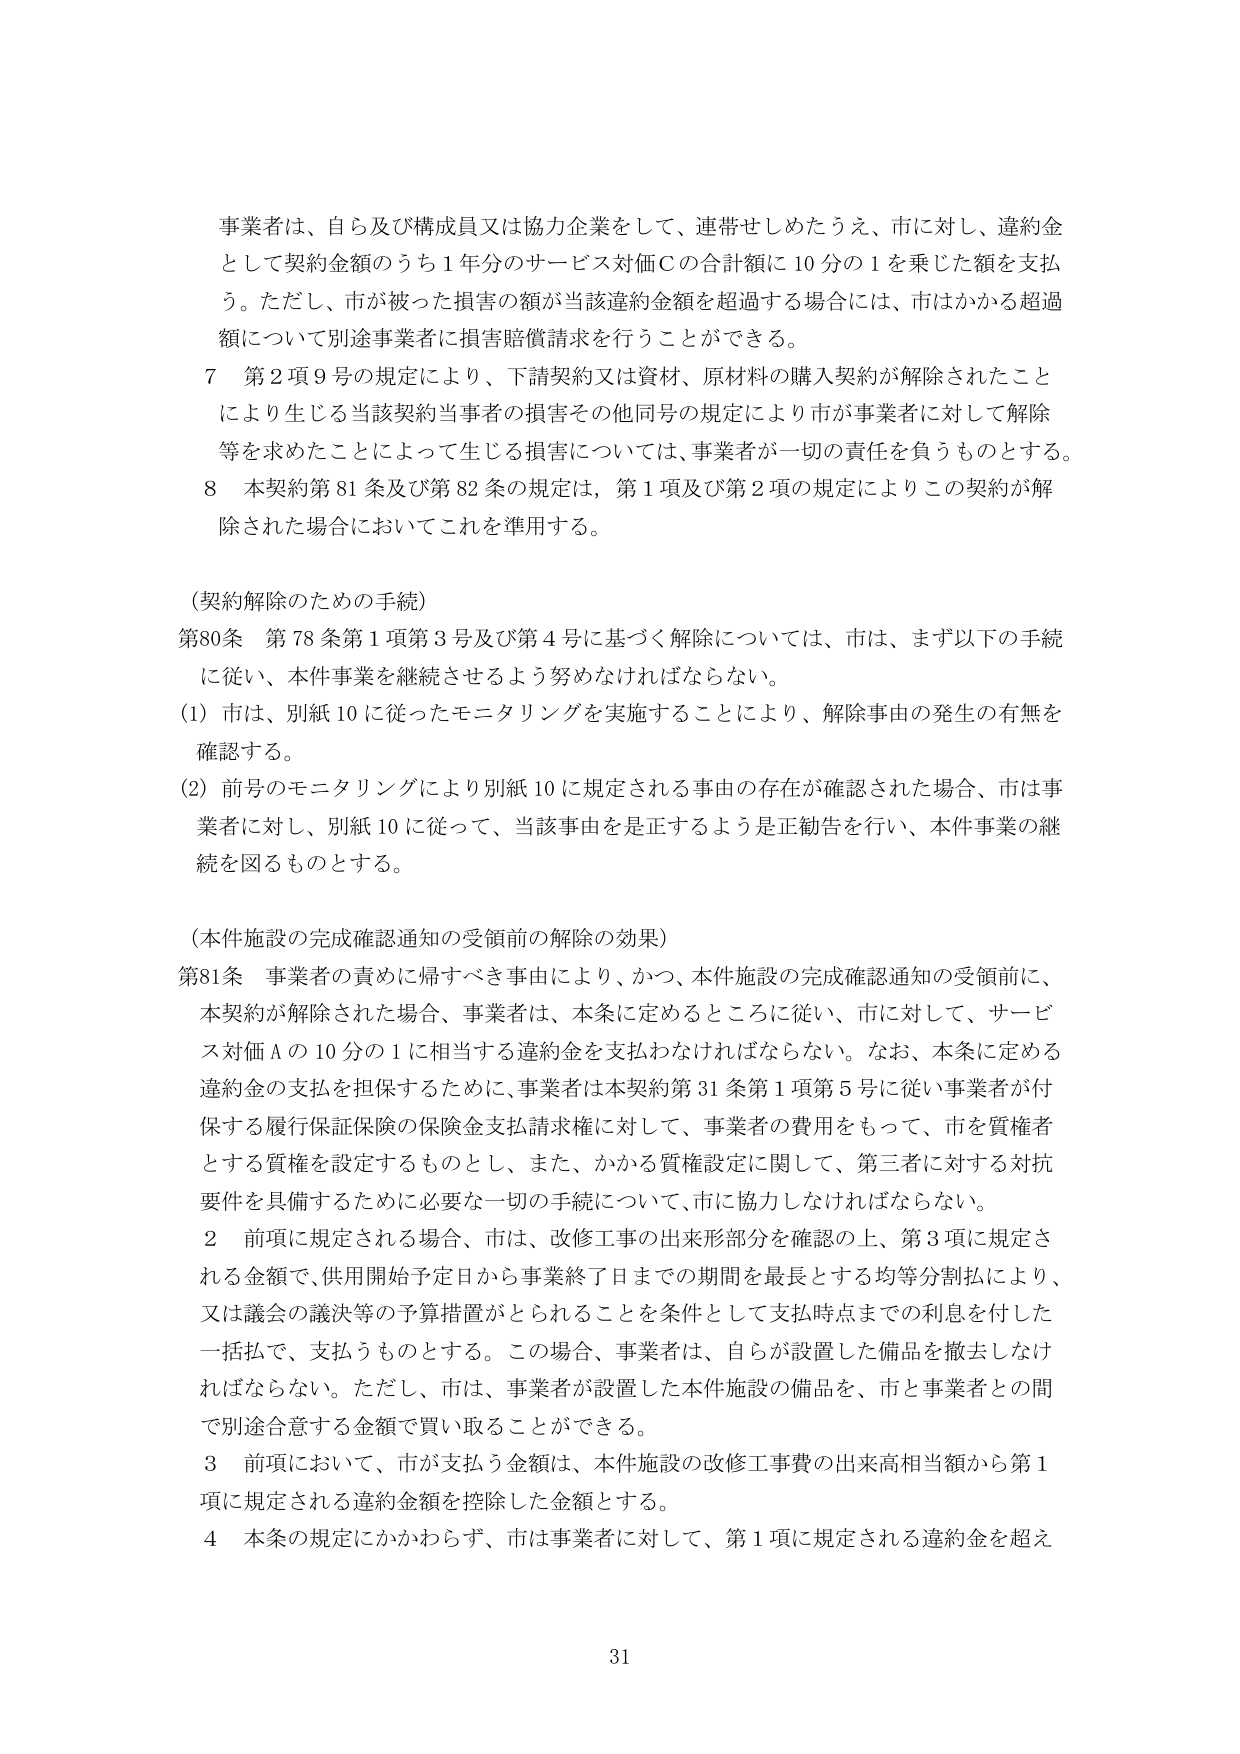
事業者は、自ら及び構成員又は協力企業をして、連帯せしめたらうえ、市に対し、違約金として契約金額のうち１年分のサービス対価Ｃの合計額に10分の1を乗じた額を支払う。ただし、市が被った損害の額が当該違約金額を超過する場合には、市はかかる超過額について別途事業者に損害賠償請求を行うことができる。

７ 第２項９号の規定により、下請契約又は資材、原材料の購入契約が解除されたことにより生じる当該契約当事者の損害その他同号の規定により市が事業者に対して解除等を求めたことによって生じる損害については、事業者が一切の責任を負うものとする。

８ 本契約第81条及び第82条の規定は、第１項及び第２項の規定によりこの契約が解除された場合においてこれを準用する。

（契約解除のための手続）

第80条 第78条第１項第３号及び第４号に基づく解除については、市は、まず以下の手続に従い、本件事業を継続させるよう努めなければならない。

（1）市は、別紙10に従ったモニタリングを実施することにより、解除事由の発生の有無を確認する。

（2）前号のモニタリングにより別紙10に規定される事由の存在が確認された場合、市は事業者に対し、別紙10に従って、当該事由を是正するよう是正勧告を行い、本件事業の継続を図るものとする。

（本件施設の完成確認通知の受領前の解除の効果）

第81条 事業者の責めに帰すべき事由により、かつ、本件施設の完成確認通知の受領前に、本契約が解除された場合、事業者は、本条に定めるところに従い、市に対して、サービス対価Ａの10分の1に相当する違約金を支払わなければならない。なお、本条に定める違約金の支払を担保するために、事業者は本契約第31条第１項第５号に従い事業者が付保する履行保証保険の保険金支払請求権に対して、事業者の費用をもって、市を質権者とする質権を設定するものとし、また、かかる質権設定に関して、第三者に対する対抗要件を具備するために必要な一切の手続について、市に協力しなければならない。

２ 前項に規定される場合、市は、改修工事の出来形部分を確認の上、第３項に規定される金額で、供用開始予定日から事業終了日までの期間を最長とする均等分割払により、又は議会の議決等の予算措置がとられることを条件として支払時点までの利息を付した一括払で、支払うものとする。この場合、事業者は、自らが設置した備品を撤去しなければならない。ただし、市は、事業者が設置した本件施設の備品を、市と事業者との間で別途合意する金額で買い取ることができる。

３ 前項において、市が支払う金額は、本件施設の改修工事費の出来高相当額から第１項に規定される違約金額を控除した金額とする。

４ 本条の規定にかかわらず、市は事業者に対して、第１項に規定される違約金を超え

31